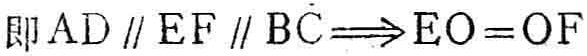
即 \(AD \parallel EF \parallel BC\Longrightarrow EO = OF\)